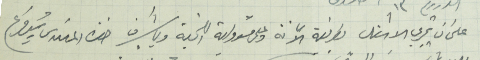
على ان تجري الاشغال بطريقة الامانة وعلى مسؤولية اللجنة وباشراف حضرة المهندس رئيس فرع